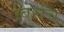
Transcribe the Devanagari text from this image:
बिरचि